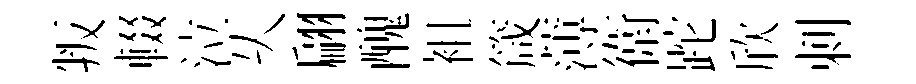
叛輟泣乆翩醜袓箴薄衛跎欣剌